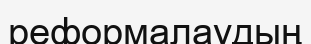
реформалаудың